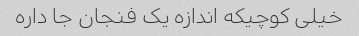
خیلی کوچیکه اندازه یک فنجان جا داره